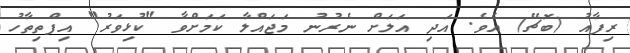
ރިފާއު (ބޮޗޭ) އެވެ. އަދި އަލަށް ނެރުނު މަޖައްލާ ކަމަށްވާ "ކުޅިވަރު" އިފްތިތާހު